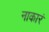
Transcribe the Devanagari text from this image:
नाकारं